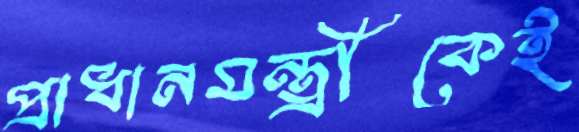
প্রাধানমন্ত্রীকেই